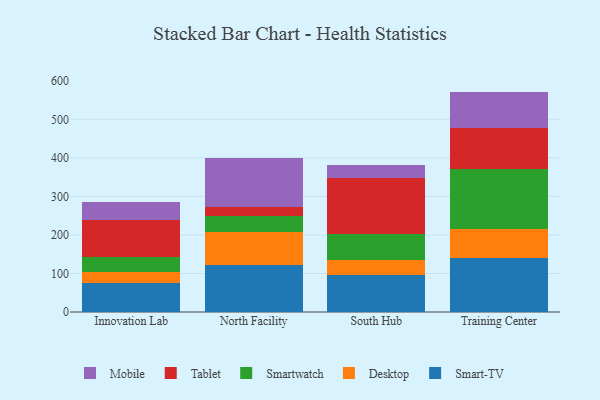
{"axis": {"x": "Campus", "y": "Energy Usage (MWh)"}, "legend": ["Desktop", "Mobile", "Smart-TV", "Smartwatch", "Tablet"], "data": [{"x": "Innovation Lab", "y": 74.1, "type": "Smart-TV"}, {"x": "Innovation Lab", "y": 29.9, "type": "Desktop"}, {"x": "Innovation Lab", "y": 39.1, "type": "Smartwatch"}, {"x": "Innovation Lab", "y": 94.7, "type": "Tablet"}, {"x": "Innovation Lab", "y": 47.6, "type": "Mobile"}, {"x": "North Facility", "y": 123.0, "type": "Smart-TV"}, {"x": "North Facility", "y": 85.3, "type": "Desktop"}, {"x": "North Facility", "y": 41.5, "type": "Smartwatch"}, {"x": "North Facility", "y": 23.2, "type": "Tablet"}, {"x": "North Facility", "y": 125.4, "type": "Mobile"}, {"x": "South Hub", "y": 96.1, "type": "Smart-TV"}, {"x": "South Hub", "y": 38.6, "type": "Desktop"}, {"x": "South Hub", "y": 67.8, "type": "Smartwatch"}, {"x": "South Hub", "y": 146.2, "type": "Tablet"}, {"x": "South Hub", "y": 31.6, "type": "Mobile"}, {"x": "Training Center", "y": 139.2, "type": "Smart-TV"}, {"x": "Training Center", "y": 76.2, "type": "Desktop"}, {"x": "Training Center", "y": 155.7, "type": "Smartwatch"}, {"x": "Training Center", "y": 105.4, "type": "Tablet"}, {"x": "Training Center", "y": 95.5, "type": "Mobile"}]}